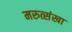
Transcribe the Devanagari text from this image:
मरुत्संखा